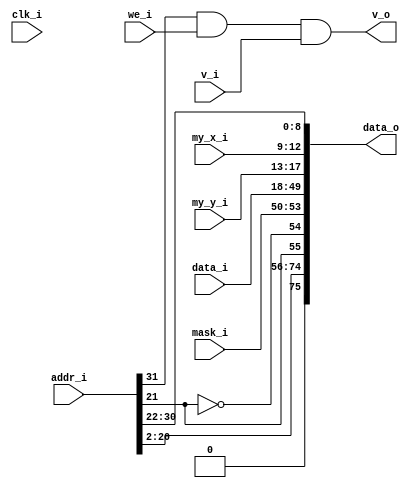
module bsg_manycore_pkt_encode_x_cord_width_p4_y_cord_width_p5_data_width_p32_addr_width_p20
(
  clk_i,
  v_i,
  addr_i,
  data_i,
  mask_i,
  we_i,
  my_x_i,
  my_y_i,
  v_o,
  data_o
);

  input [31:0] addr_i;
  input [31:0] data_i;
  input [3:0] mask_i;
  input [3:0] my_x_i;
  input [4:0] my_y_i;
  output [75:0] data_o;
  input clk_i;
  input v_i;
  input we_i;
  output v_o;
  wire [75:0] data_o;
  wire v_o,N0;
  assign data_o[75] = 1'b0;
  assign data_o[74] = addr_i[20];
  assign data_o[73] = addr_i[19];
  assign data_o[72] = addr_i[18];
  assign data_o[71] = addr_i[17];
  assign data_o[70] = addr_i[16];
  assign data_o[69] = addr_i[15];
  assign data_o[68] = addr_i[14];
  assign data_o[67] = addr_i[13];
  assign data_o[66] = addr_i[12];
  assign data_o[65] = addr_i[11];
  assign data_o[64] = addr_i[10];
  assign data_o[63] = addr_i[9];
  assign data_o[62] = addr_i[8];
  assign data_o[61] = addr_i[7];
  assign data_o[60] = addr_i[6];
  assign data_o[59] = addr_i[5];
  assign data_o[58] = addr_i[4];
  assign data_o[57] = addr_i[3];
  assign data_o[56] = addr_i[2];
  assign data_o[8] = addr_i[30];
  assign data_o[7] = addr_i[29];
  assign data_o[6] = addr_i[28];
  assign data_o[5] = addr_i[27];
  assign data_o[4] = addr_i[26];
  assign data_o[3] = addr_i[25];
  assign data_o[2] = addr_i[24];
  assign data_o[1] = addr_i[23];
  assign data_o[0] = addr_i[22];
  assign data_o[53] = mask_i[3];
  assign data_o[52] = mask_i[2];
  assign data_o[51] = mask_i[1];
  assign data_o[50] = mask_i[0];
  assign data_o[49] = data_i[31];
  assign data_o[48] = data_i[30];
  assign data_o[47] = data_i[29];
  assign data_o[46] = data_i[28];
  assign data_o[45] = data_i[27];
  assign data_o[44] = data_i[26];
  assign data_o[43] = data_i[25];
  assign data_o[42] = data_i[24];
  assign data_o[41] = data_i[23];
  assign data_o[40] = data_i[22];
  assign data_o[39] = data_i[21];
  assign data_o[38] = data_i[20];
  assign data_o[37] = data_i[19];
  assign data_o[36] = data_i[18];
  assign data_o[35] = data_i[17];
  assign data_o[34] = data_i[16];
  assign data_o[33] = data_i[15];
  assign data_o[32] = data_i[14];
  assign data_o[31] = data_i[13];
  assign data_o[30] = data_i[12];
  assign data_o[29] = data_i[11];
  assign data_o[28] = data_i[10];
  assign data_o[27] = data_i[9];
  assign data_o[26] = data_i[8];
  assign data_o[25] = data_i[7];
  assign data_o[24] = data_i[6];
  assign data_o[23] = data_i[5];
  assign data_o[22] = data_i[4];
  assign data_o[21] = data_i[3];
  assign data_o[20] = data_i[2];
  assign data_o[19] = data_i[1];
  assign data_o[18] = data_i[0];
  assign data_o[17] = my_y_i[4];
  assign data_o[16] = my_y_i[3];
  assign data_o[15] = my_y_i[2];
  assign data_o[14] = my_y_i[1];
  assign data_o[13] = my_y_i[0];
  assign data_o[12] = my_x_i[3];
  assign data_o[11] = my_x_i[2];
  assign data_o[10] = my_x_i[1];
  assign data_o[9] = my_x_i[0];
  assign data_o[54] = ~data_o[55];
  assign data_o[55] = addr_i[21];
  assign v_o = N0 & v_i;
  assign N0 = addr_i[31] & we_i;

endmodule